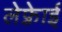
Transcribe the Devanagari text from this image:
लेफ़्रेाई